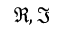
\Re , \Im